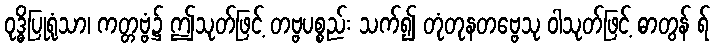
ဝုဒ္ဓိပြုရုံသာ၊ ကတ္တဗ္ဗံ၌ ဤသုတ်ဖြင့် တဗ္ဗပစ္စည်း သက်၍ တုံတုနတဗ္ဗေသု ဝါသုတ်ဖြင့် ဓာတွန် ရ်